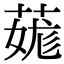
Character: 䓼